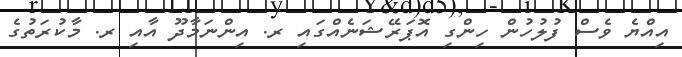
އިއްޔެ ވެސް ފުލުހުން ހިންގި އޮޕަރޭޝަނެއްގައި ރ. އިންނަމާދޫ އާއި ރ. މާކުރަތުގެ